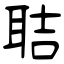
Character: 聐